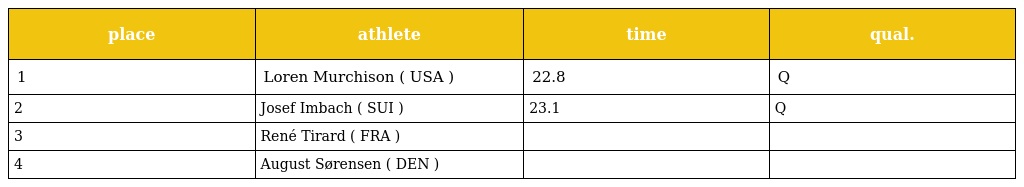
| place | athlete | time | qual. |
 | --- | --- | --- | --- |
 | 1 | Loren Murchison ( USA ) | 22.8 | Q |
 | 2 | Josef Imbach ( SUI ) | 23.1 | Q |
 | 3 | René Tirard ( FRA ) |  |  |
 | 4 | August Sørensen ( DEN ) |  |  |